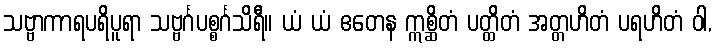
သဗ္ဗာကာရပရိပူရာ သဗ္ဗင်္ဂပစ္စင်္ဂသိရီ။ ယံ ယံ ဧတေန ဣစ္ဆိတံ ပတ္ထိတံ အတ္တဟိတံ ပရဟိတံ ဝါ,